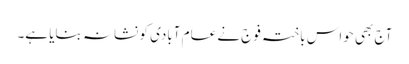
آج بھی حواس باختہ فوج نے عام آبادی کو نشانہ بنایا ہے۔